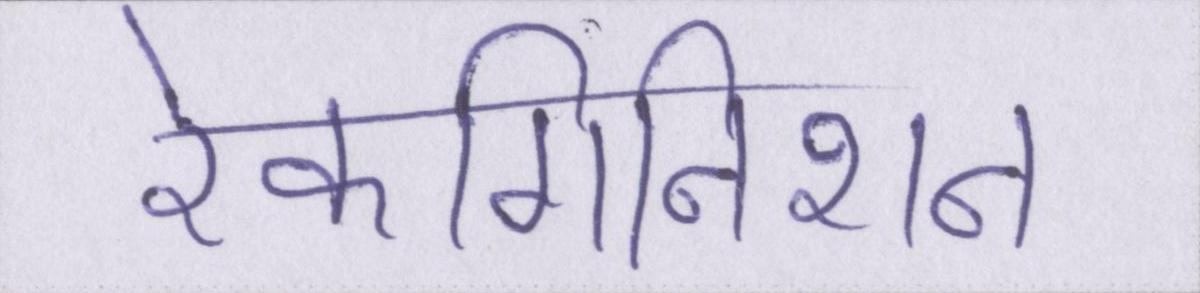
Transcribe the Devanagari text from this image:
रेकगिनिशन